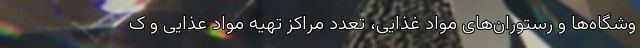
وشگاه‌ها و رستوران‌های مواد غذایی، تعدد مراکز تهیه مواد عذایی و ک